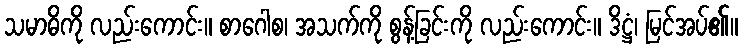
သမာဓိကို လည်းကောင်း။ စာဂေါစ၊ အသက်ကို စွန့်ခြင်းကို လည်းကောင်း။ ဒိဋ္ဌံ၊ မြင်အပ်၏။